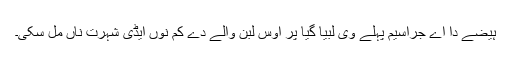
ہیضے دا اے جراسیم پہلے وی لبیا گیا پر اوس لبن والے دے کم نوں ایڈی شہرت ناں مل سکی۔